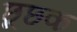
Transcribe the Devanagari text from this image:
छूछक